Vaccination United Provinces of Agra and Oudh 1923-1928 - 1923-1928
Year: 1923
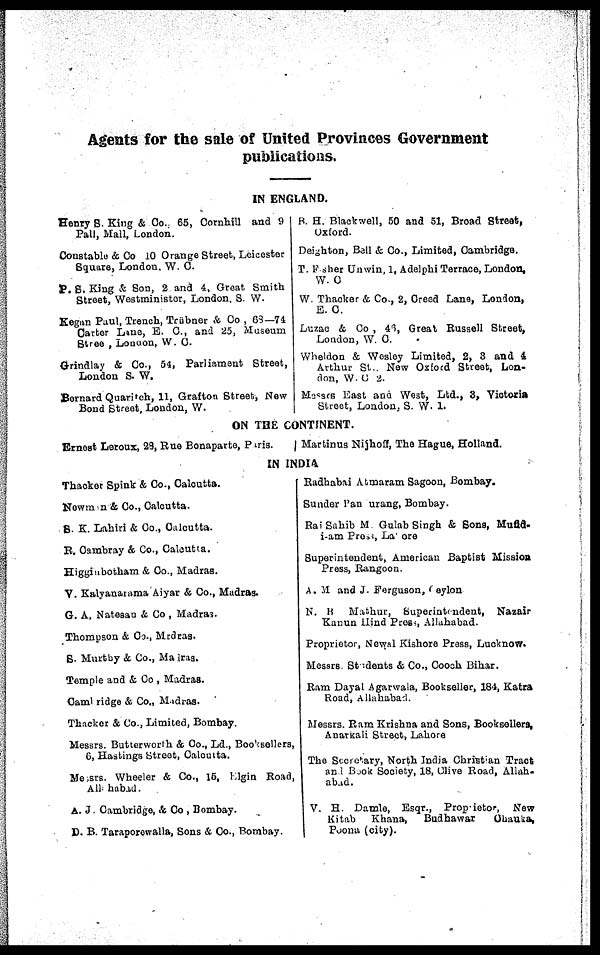
Agents for the sale of United Provinces Government
publications.
IN ENGLAND.
Henry S. King & Co. 65, Cornhill and 9
Pall, Mall, London.
Constable & Co 10 Orange Street, Leicester
Square, London. W. C.
P. S. King & Son, 2 and 4, Great Smith
Street, Westminister, London. S. W.
Kegan Paul, Trench, Trübner & Co., 68—74
Carter Lane, E. C., and 25, Museum
Stree , London, W. C.
Grindlay & Co., 54, Parliament Street,
London S. W.
Bernard Quaritch, 11, Grafton Street, New
Bond Street, London, W.
B. H. Blackwell, 50 and 51, Broad Street,
Oxford.
Deighton, Ball & Co., Limited, Cambridge.
T. Frsher Unwin, 1, Adelphi Terrace, London,
W. C
W. Thacker & Co., 2, Creed Lane, London,
E. C.
Luzac & Co , 46, Great Russell Street,
London, W. C.
Wheldon & Wesley Limited, 2, 3 and 4
Arthur St., New Oxford Street, Lon-
don, W. C 2.
Messrs East and West, Ltd., 3, Victoria
Street, London, S. W. I.
ON THE CONTINENT.
Ernest Leroux, 28, Rue Bonaparte, Paris.
Martinus Nijhoff, The Hague, Holland.
IN INDIA
Thacker Spink & Co., Calcutta.
Newman & Co., Calcutta.
S. K. Lahiri & Co., Calcutta.
R. Cambray & Co., Calcutta.
Higginbotham & Co., Madras.
V. Kalyanarama Aiyar & Co., Madras.
G. A. Natesan & Co , Madras.
Thompson & Co., Mrdras.
S. Murthy & Co., Madras.
Temple and & Co , Madras.
Cambridge & Co., Madras.
Thacker & Co., Limited, Bombay.
Messrs. Butterworth & Co., Ld., Booksellers,
6, Hastings Street, Calcutta.
Messrs. Wheeler & Co., 15, Elgin Road,
Allahabad.
A. J. Cambridge, & Co , Bombay.
D. B. Taraporewalla, Sons & Co., Bombay.
Radhabai Atmaram Sagoon, Bombay.
Sunder Pandurang, Bombay.
Rai Sahib M Gulab Singh & Sons, Mufid-
i-am Press, Lahore
Superintendent, American Baptist Mission
Press, Rangoon.
A. M and J. Ferguson, Ceylon
N. B Mathur, Superintendent, Nazair
Kanun Hind Press, Allahabad.
Proprietor, Newal Kishore Press, Lucknow.
Messrs. Students & Co., Cooch Bihar.
Ram Dayal Agarwala, Bookseller, 184, Katra
Road, Allahabad.
Messrs. Ram Krishna and Sons, Booksellers,
Anarkali Street, Lahore
The Secretary, North India Christian Tract
and Book Society, 18, Clive Road, Allah-
abad.
V. H. Damle, Esqr., Propietor, New
Kitab
Khana,
Budhawar
Chauka,
Poona (city).